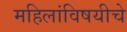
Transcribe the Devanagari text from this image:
महिलांविषयीचे